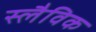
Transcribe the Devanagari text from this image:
स्लैविक